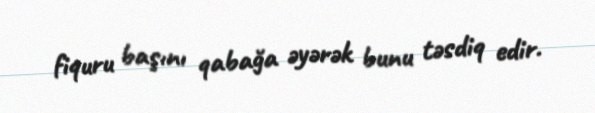
fiquru başını qabağa əyərək bunu təsdiq edir.